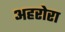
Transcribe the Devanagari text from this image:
अहरोरा